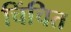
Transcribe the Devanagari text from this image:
चिंचित